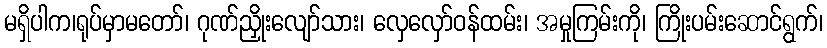
မရှိပါက၊ရုပ်မှာမတော်၊ ဂုဏ်ညှိုးလျော်သား၊ လှေလှော်ဝန်ထမ်း၊ အမှုကြမ်းကို၊ ကြိုးပမ်းဆောင်ရွက်၊